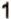
1